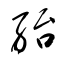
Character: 紿